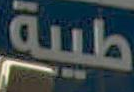
طيبة